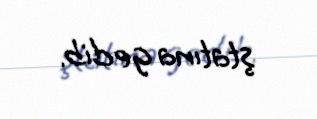
ştatına gedib.